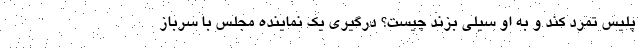
پلیس تمرد کند و به او سیلی بزند چیست؟ درگیری یک نماینده مجلس با سرباز